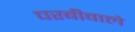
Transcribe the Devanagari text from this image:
चरबीवाले